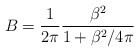
\begin{align*}B=\frac{1}{2\pi} \frac{\beta^{2}}{1+\beta^{2}/4\pi}\end{align*}